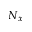
N _ { x }